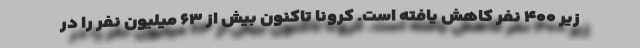
زیر ۴۰۰ نفر کاهش یافته است. کرونا تاکنون بیش از ۶۳ میلیون نفر را در